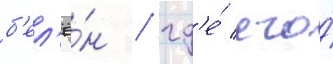
б'ел'ё́н / гд'е́ его́